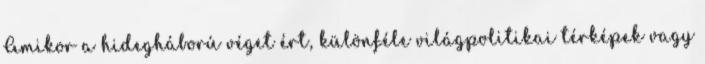
Amikor a hidegháború véget ért, különféle világpolitikai térképek vagy